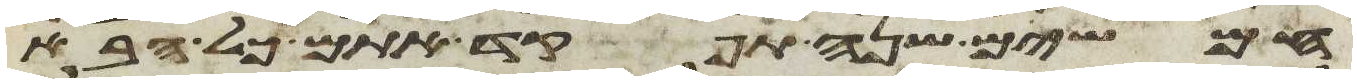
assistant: חמשים שנה תפקד אתם כל הבא